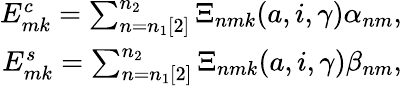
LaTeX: \begin{array}{r}{E_{mk}^{c}=\sum_{n=n_{1}[2]}^{n_{2}}\Xi_{nmk}(a,i,\gamma)\alpha_{nm},}\\ {E_{mk}^{s}=\sum_{n=n_{1}[2]}^{n_{2}}\Xi_{nmk}(a,i,\gamma)\beta_{nm},}\end{array}